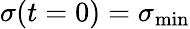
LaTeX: \sigma(t=0)=\sigma_{\mathrm{min}}